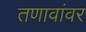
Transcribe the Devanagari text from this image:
तणावांवर